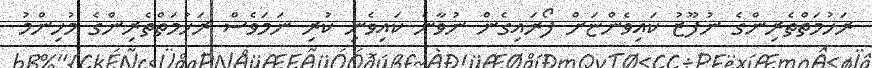
ރަހުމަތްތެރިންގެ ނުފޫޒު ކައިވެންޏަށް ފޯރައިގެން ނުވާނެ ކައިވެނި ކުރި ނަމަވެސް ރަހުމަތްތެރިންގެ މުހިންމު